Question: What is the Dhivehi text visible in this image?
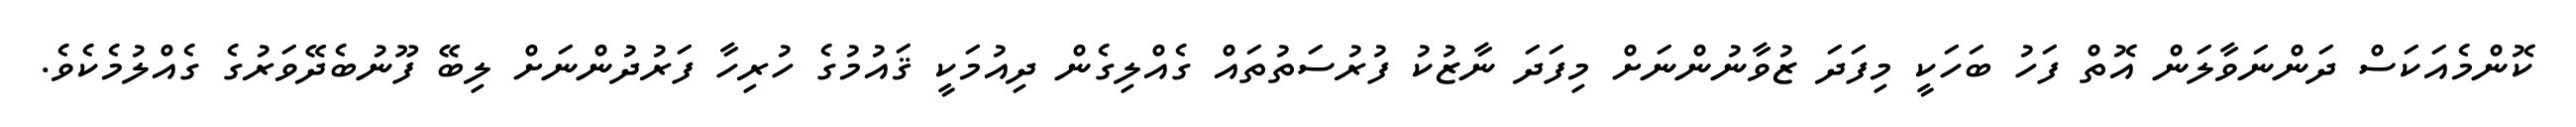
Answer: ކޮންމެއަކަސް ދަންނަވާލަން އޮތް ފަހު ބަހަކީ މިފަދަ ޒުވާނުންނަށް މިފަދަ ނާޒުކު ފުރުސަތުތައް ގެއްލިގެން ދިއުމަކީ ޤައުމުގެ ހުރިހާ ފަރުދުންނަށް ލިބޭ ފޫނުބެދޭވަރުގެ ގެއްލުމެކެވެ.